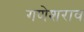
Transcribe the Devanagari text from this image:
गणेशराव